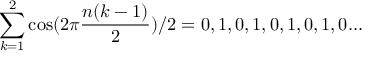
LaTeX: \sum _ { k = 1 } ^ { 2 } \cos ( 2 \pi { \frac { n ( k - 1 ) } { 2 } } ) / 2 = 0 , 1 , 0 , 1 , 0 , 1 , 0 , 1 , 0 . . .